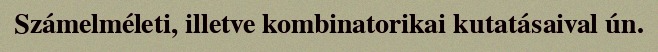
Számelméleti, illetve kombinatorikai kutatásaival ún.